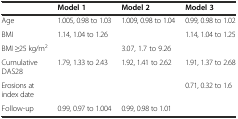
<table><thead><tr><td></td><td><b>Model 1</b></td><td><b>Model 2</b></td><td><b>Model 3</b></td></tr></thead><tbody><tr><td>Age</td><td>1.005, 0.98 to 1.03</td><td>1.009, 0.98 to 1.04</td><td>0.99, 0.98 to 1.02</td></tr><tr><td>BMI</td><td>1.14, 1.04 to 1.26</td><td></td><td>1.14, 1.04 to 1.25</td></tr><tr><td>BMI ≥25 kg/m<sup>2</sup></td><td></td><td>3.07, 1.7 to 9.26</td><td></td></tr><tr><td>Cumulative DAS28</td><td>1.79, 1.33 to 2.43</td><td>1.92, 1.41 to 2.62</td><td>1.91, 1.37 to 2.68</td></tr><tr><td>Erosions at index date</td><td></td><td></td><td>0.71, 0.32 to 1.6</td></tr><tr><td>Follow-up</td><td>0.99, 0.97 to 1.004</td><td>0.99, 0.98 to 1.01</td><td></td></tr></tbody></table>